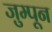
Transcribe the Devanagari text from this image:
जुम्पून